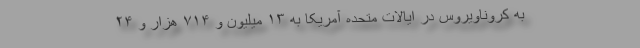
به کروناویروس در ایالات متحده آمریکا به ۱۳ میلیون و ۷۱۴ هزار و ۲۴